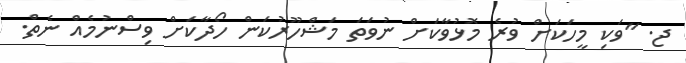
ޖ. "ވަކި މީހަކަށް ވުރެ މޮޅުވާކަށް ނުވަތަ މަޝްހޫރުކަން ހޯދާކަށް ވިސްނުމެއް ނެތް.